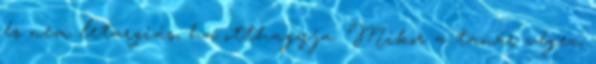
és nem letargiás, ha otthagyja. Mikor a tanár végez,